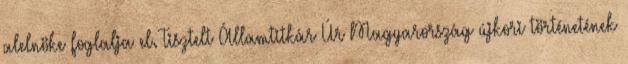
alelnöke foglalja el. Tisztelt Államtitkár Úr Magyarország újkori történetének